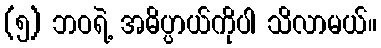
(၅) ဘဝရဲ့ အဓိပ္ပာယ်ကိုပါ သိလာမယ်။